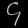
Digit: ၄